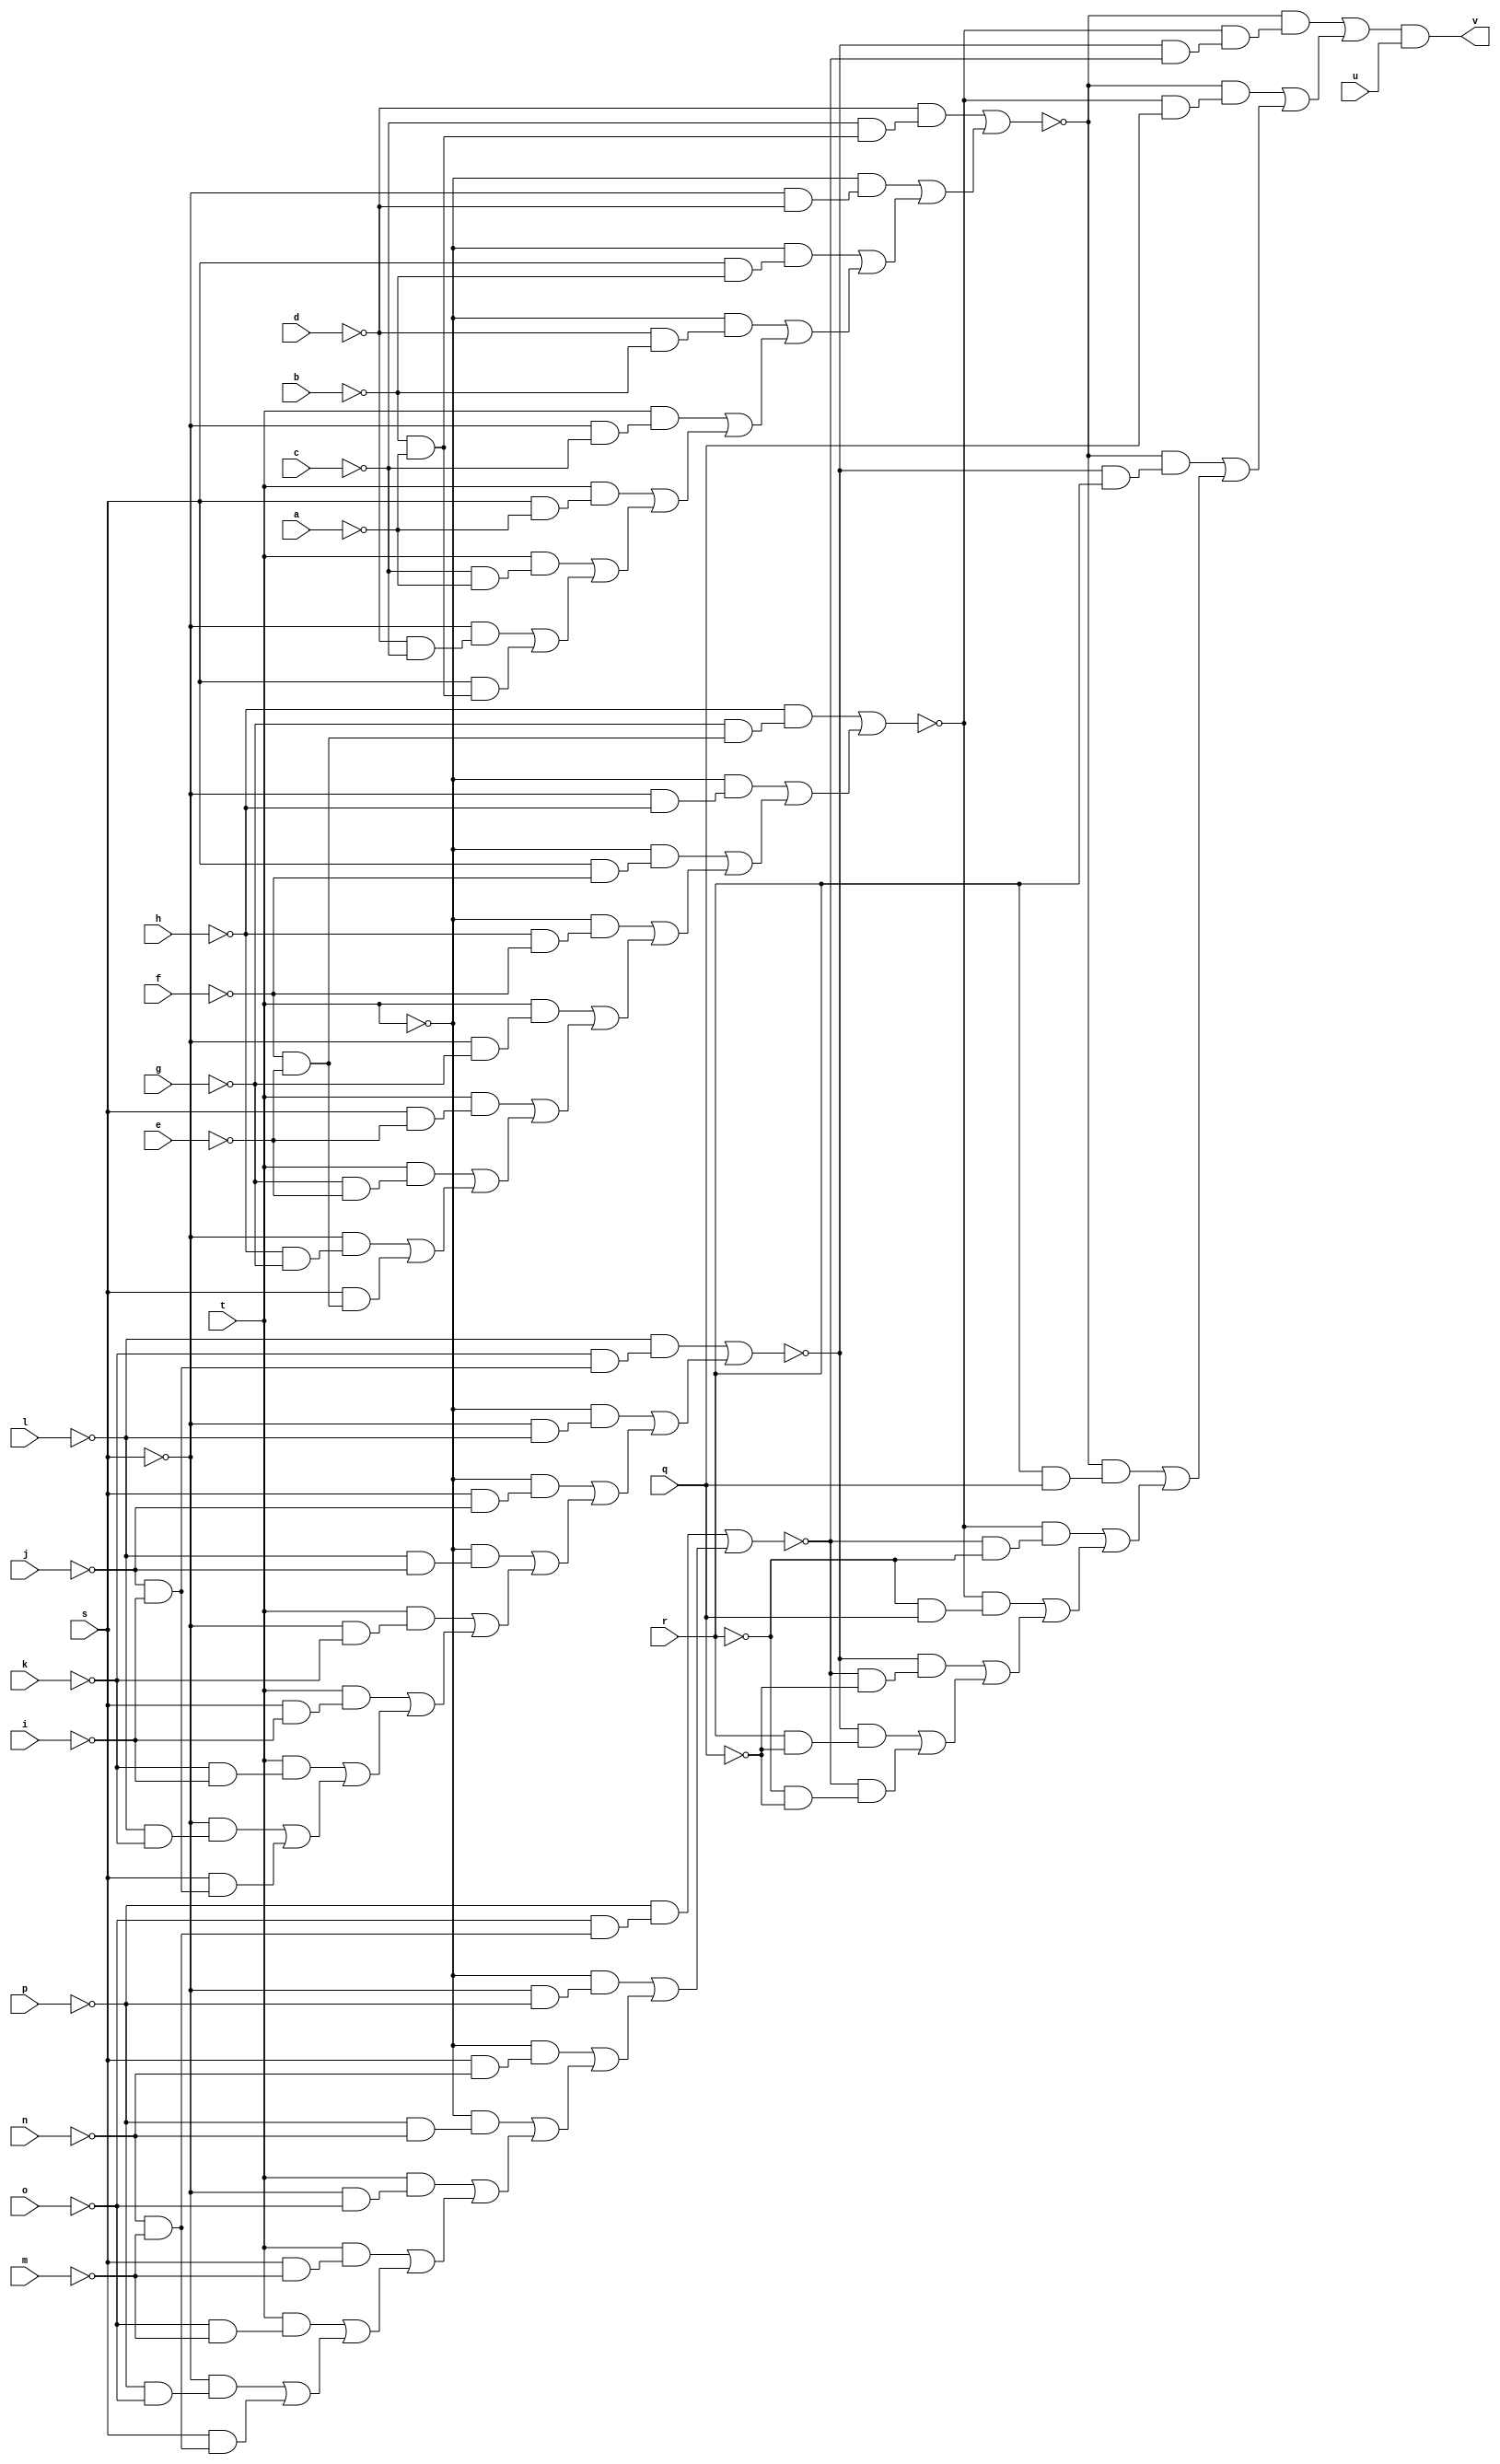
// IWLS benchmark module "mux" printed on Wed May 29 16:09:12 2002
module mux(a, b, c, d, e, f, g, h, i, j, k, l, m, n, o, p, q, r, s, t, u, v);
input
  a,
  b,
  c,
  d,
  e,
  f,
  g,
  h,
  i,
  j,
  k,
  l,
  m,
  n,
  o,
  p,
  q,
  r,
  s,
  t,
  u;
output
  v;
wire
  e0,
  f0,
  g0,
  \[0] ,
  j0,
  b0;
assign
  e0 = (~l & (~k & (~j & ~i))) | ((~t & (~s & ~l)) | ((~t & (s & ~j)) | ((~t & (~l & ~j)) | ((t & (~s & ~k)) | ((t & (s & ~i)) | ((t & (~k & ~i)) | ((~s & (~l & ~k)) | (s & (~j & ~i))))))))),
  f0 = (~h & (~g & (~f & ~e))) | ((~t & (~s & ~h)) | ((~t & (s & ~f)) | ((~t & (~h & ~f)) | ((t & (~s & ~g)) | ((t & (s & ~e)) | ((t & (~g & ~e)) | ((~s & (~h & ~g)) | (s & (~f & ~e))))))))),
  g0 = (~d & (~c & (~b & ~a))) | ((~t & (~s & ~d)) | ((~t & (s & ~b)) | ((~t & (~d & ~b)) | ((t & (~s & ~c)) | ((t & (s & ~a)) | ((t & (~c & ~a)) | ((~s & (~d & ~c)) | (s & (~b & ~a))))))))),
  \[0]  = j0 & u,
  j0 = (~g0 & (~f0 & (~e0 & ~b0))) | ((~g0 & (~f0 & q)) | ((~g0 & (~e0 & r)) | ((~g0 & (r & q)) | ((~f0 & (~b0 & ~r)) | ((~f0 & (~r & q)) | ((~e0 & (~b0 & ~q)) | ((~e0 & (r & ~q)) | (~b0 & (~r & ~q))))))))),
  v = \[0] ,
  b0 = (~p & (~o & (~n & ~m))) | ((~t & (~s & ~p)) | ((~t & (s & ~n)) | ((~t & (~p & ~n)) | ((t & (~s & ~o)) | ((t & (s & ~m)) | ((t & (~o & ~m)) | ((~s & (~p & ~o)) | (s & (~n & ~m)))))))));
endmodule